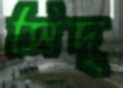
সিদ্